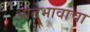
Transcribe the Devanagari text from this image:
आतेभावाचा